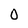
Character: O